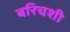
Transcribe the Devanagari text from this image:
बरिचशी